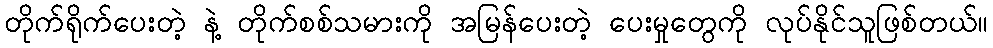
တိုက်ရိုက်ပေးတဲ့ နဲ့ တိုက်စစ်သမားကို အမြန်ပေးတဲ့ ပေးမှုတွေကို လုပ်နိုင်သူဖြစ်တယ်။